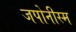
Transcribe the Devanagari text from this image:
जपोनीस्म